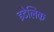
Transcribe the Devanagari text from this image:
इटेलिक